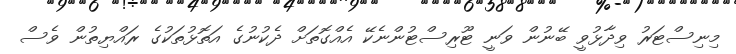
މިނިސްޓަރު ވިދާޅުވީ ބޭނުން ވަނީ ޓޫރިސްޓުންނެކޭ އެއްގޮތަށް ދެކުނުގެ އަތޮޅުތަކުގެ ރައްޔިތުން ވެސް